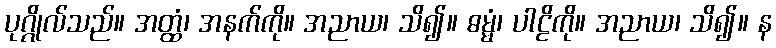
ပုဂ္ဂိုလ်သည်။ အတ္ထံ၊ အနက်ကို။ အညာယ၊ သိ၍။ ဓမ္မံ၊ ပါဠိကို။ အညာယ၊ သိ၍။ န